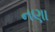
નણા